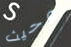
وحيث